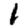
Digit: 1